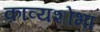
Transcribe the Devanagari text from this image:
काव्यशोभा